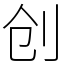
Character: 创